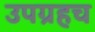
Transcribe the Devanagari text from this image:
उपग्रहच